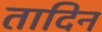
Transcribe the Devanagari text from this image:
तादिन